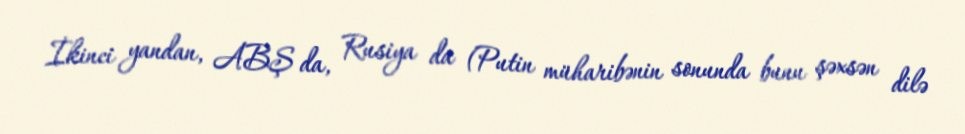
İkinci yandan, ABŞ da, Rusiya da (Putin müharibənin sonunda bunu şəxsən dilə